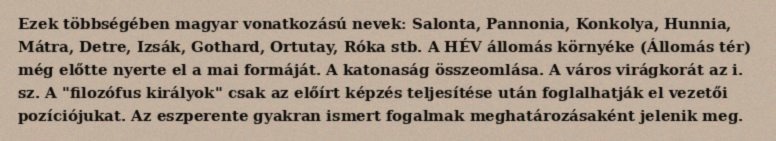
Ezek többségében magyar vonatkozású nevek: Salonta, Pannonia, Konkolya, Hunnia, Mátra, Detre, Izsák, Gothard, Ortutay, Róka stb. A HÉV állomás környéke (Állomás tér) még előtte nyerte el a mai formáját. A katonaság összeomlása. A város virágkorát az i. sz. A "filozófus királyok" csak az előírt képzés teljesítése után foglalhatják el vezetői pozíciójukat. Az eszperente gyakran ismert fogalmak meghatározásaként jelenik meg.